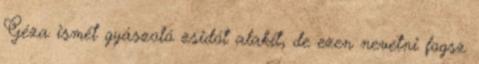
Géza ismét gyászoló zsidót alakít, de ezen nevetni fogsz